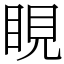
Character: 睍